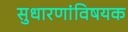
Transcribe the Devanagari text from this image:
सुधारणांविषयक